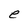
Character: e